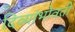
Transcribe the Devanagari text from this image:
दिव्यांभोवती